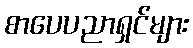
စာပေပညာရှင်များ